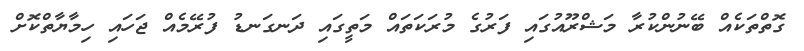
ގޮތްތަކެއް ބޭނުންކުރާ މަޝްރޫއުގައި ފަރުގެ މުރަކަތައް މަތީގައި ދަނގަނޑު ފުރޭމެއް ޖަހައި ހިމާޔާތްކޮށް